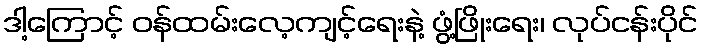
ဒါ့ကြောင့် ဝန်ထမ်းလေ့ကျင့်ရေးနဲ့ ဖွံ့ဖြိုးရေး၊ လုပ်ငန်းပိုင်